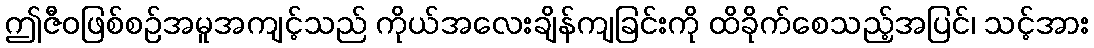
ဤဇီဝဖြစ်စဉ်အမူအကျင့်သည် ကိုယ်အလေးချိန်ကျခြင်းကို ထိခိုက်စေသည့်အပြင်၊ သင့်အား